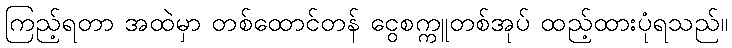
ကြည့်ရတာ အထဲမှာ တစ်ထောင်တန် ငွေစက္ကူတစ်အုပ် ထည့်ထားပုံရသည်။